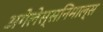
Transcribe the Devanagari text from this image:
अगेलेस्सनिमाल्स